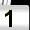
Digit: 1